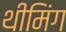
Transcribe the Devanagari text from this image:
थीमिंग